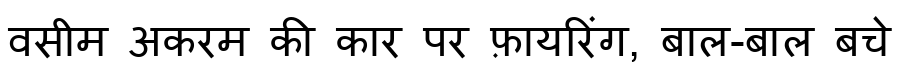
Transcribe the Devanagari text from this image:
वसीम अकरम की कार पर फ़ायरिंग, बाल-बाल बचे